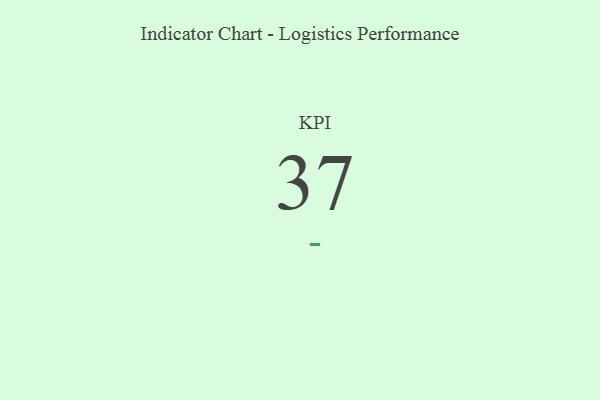
{"axis": {"x": "KPI", "y": "Value"}, "legend": [""], "data": [{"x": "KPI", "y": 37, "type": ""}]}